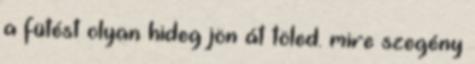
a fütést olyan hideg jön át töled. mire szegény